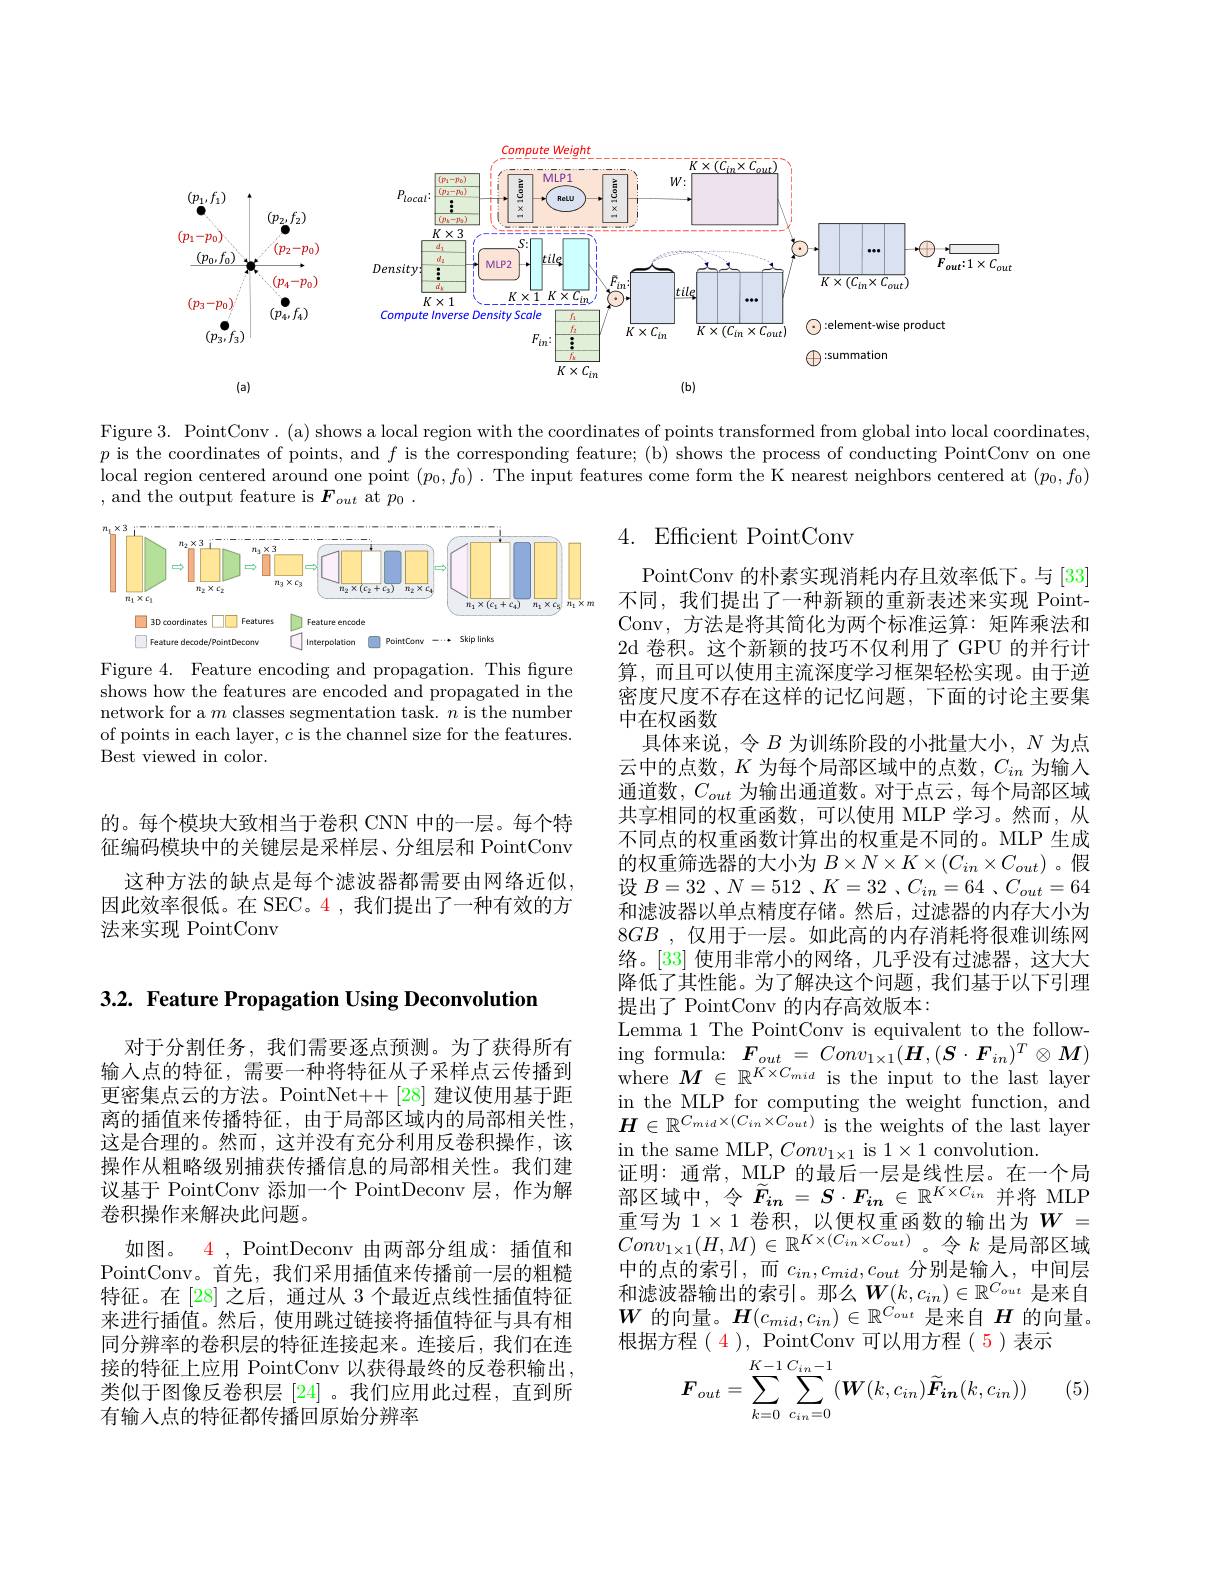
<FigureHere>

Figure 3. PointConv. (a) shows a local region with the coordinates of points transformed from global into local coordinates, $p$ is the coordinates of points, and $f$ is the corresponding feature; (b) shows the process of conducting PointConv on one local region centered around one point $(p_0,f_0)$ .The input features come form the K nearest neighbors centered at $(p_0,f_0)$ , and the output feature is $F_out$ at $p_0.$

## 4. Efficient PointConv

<FigureHere>
Figure 4. Feature encoding and propagation. This figure

shows how the features are encoded and propagated in the network for a $m$ classes segmentation task. $n$ is the number of points in each layer, $c$ is the channel size for the features. Best viewed in color.

的。每个模块大致相当于卷积 CNN 中的一层。每个特征编码模块中的关键层是采样层、分组层和 PointConv
这种方法的缺点是每个滤波器都需要由网络近似， 因此效率很低。在 SEC。4,我们提出了一种有效的方法来实现 PointConv

PointConv 的朴素实现消耗内存且效率低下。与[33] 不同，我们提出了一种新颖的重新表述来实现 PointConv, 方法是将其简化为两个标准运算：矩阵乘法和2d 卷积。这个新颖的技巧不仅利用了 GPU 的并行计算，而且可以使用主流深度学习框架轻松实现。由于逆密度尺度不存在这样的记忆问题，下面的讨论主要集中在权函数
具体来说，令$B$ 为训练阶段的小批量大小，$N$ 为点云中的点数，$K$为每个局部区域中的点数，$C_{in}$为输入通道数，$C_{out}$为输出通道数。对于点云，每个局部区域共享相同的权重函数，可以使用 MLP 学习。然而，从不同点的权重函数计算出的权重是不同的。MLP 生成的权重筛选器的大小为$B\times N\times K\times(C_{in}\times C_{out})$ 。假设$B=32$ 、$N=512$ 、$K=32$ 、$C_in=64$ 、$C_out=64$ 和滤波器以单点精度存储。然后，过滤器的内存大小为$8GB$ ,仅用于一层。如此高的内存消耗将很难训练网络。[33] 使用非常小的网络，几乎没有过滤器，这大大降低了其性能。为了解决这个问题，我们基于以下引理提出了 PointConv 的内存高效版本：
Lemma 1 The PointConv is equivalent to the follow- $\begin{array}{cc}{\mathrm{ing~formula:}}&{\boldsymbol{F}_{out}=Conv_{1\times1}(\boldsymbol{H},(\boldsymbol{S}\cdot\boldsymbol{F}_{in})^{T}\otimes M)}\\{\mathrm{ing~formula:}}&{\boldsymbol{F}_{out}=Conv_{1\times1}(\boldsymbol{H},(\boldsymbol{S}\cdot\boldsymbol{F}_{in})^{T}\otimes M)}\end{array}$ where $M\in\mathbb{R}^K\times C_{mid}$ is the input to the last layer in the MLP for computing the weight function, and $H\in\mathbb{R}^{C_{mid}\times(C_{in}\times C_{out})}$ is the weights of the last layer in the same MLP, $Conv_{1\times 1}$ is $1\times1$ convolution.
证明：通常，MLP 的最后一层是线性层。在一个局部区域中，令$\widetilde{F}_{in}=S\cdot F_{in}\in\mathbb{R}^{K\times C_{in}}$并将 MLP 重写为$1\times1$卷积，以便权重函数的输出为$W=$ $Conv_{1\times1}(H,M)\in\mathbb{R}^{K\times(C_{in}\times C_{out})}$。令$k$ 是局部区域中的点的索引，而 $c_in,c_{mid},c_{out}$ 分别是输入，中间层和滤波器输出的索引。那么$\boldsymbol{W}(k,c_{in})\in\mathbb{R}^{C_{out}}$是来自$W$的向量。$H(c_mid,c_{in})\in\mathbb{R}^{C_{out}}$是来自$H$的向量。根据方程 $(\begin{array}{c}4\end{array}),\begin{array}{c}\mathrm{PointConv}\end{array}$可以用方程(5)表示
$$\boldsymbol{F}_{out}=\sum_{k=0}^{K-1}\sum_{c_{in}=0}^{C_{in}-1}(\boldsymbol{W}(k,c_{in})\widetilde{\boldsymbol{F}}_{\boldsymbol{in}}(k,c_{in}))$$
(5)

3.2. Feature Propagation Using Deconvolution

对于分割任务，我们需要逐点预测。为了获得所有输入点的特征，需要一种将特征从子采样点云传播到更密集点云的方法。PointNet++[28] 建议使用基于距离的插值来传播特征，由于局部区域内的局部相关性， 这是合理的。然而，这并没有充分利用反卷积操作，该操作从粗略级别捕获传播信息的局部相关性。我们建议基于 PointConv 添加一个 PointDeconv 层，作为解卷积操作来解决此问题。
如图。$\color{red}{4}$, PointDeconv 由两部分组成：插值和PointConv。首先，我们采用插值来传播前一层的粗糙特征。在 [28] 之后，通过从 3 个最近点线性插值特征来进行插值。然后，使用跳过链接将插值特征与具有相同分辨率的卷积层的特征连接起来。连接后，我们在连接的特征上应用 PointConv 以获得最终的反卷积输出， 类似于图像反卷积层[24]。我们应用此过程，直到所有输入点的特征都传播回原始分辨率